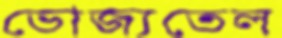
ভোজ্যতেল